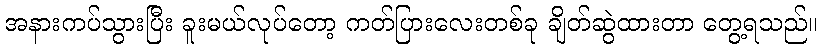
အနားကပ်သွားပြီး ခူးမယ်လုပ်တော့ ကတ်ပြားလေးတစ်ခု ချိတ်ဆွဲထားတာ တွေ့ရသည်။